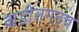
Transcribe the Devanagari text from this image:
वाडीलगतच